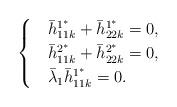
LaTeX: \begin{align*}\begin{cases}&\bar h^{1^*}_{11k}+\bar h^{1^*}_{22k}=0,\\&\bar h^{2^*}_{11k}+\bar h^{2^*}_{22k}=0,\\&\bar \lambda_1\bar h^{1^*}_{11k}=0.\end{cases}\end{align*}